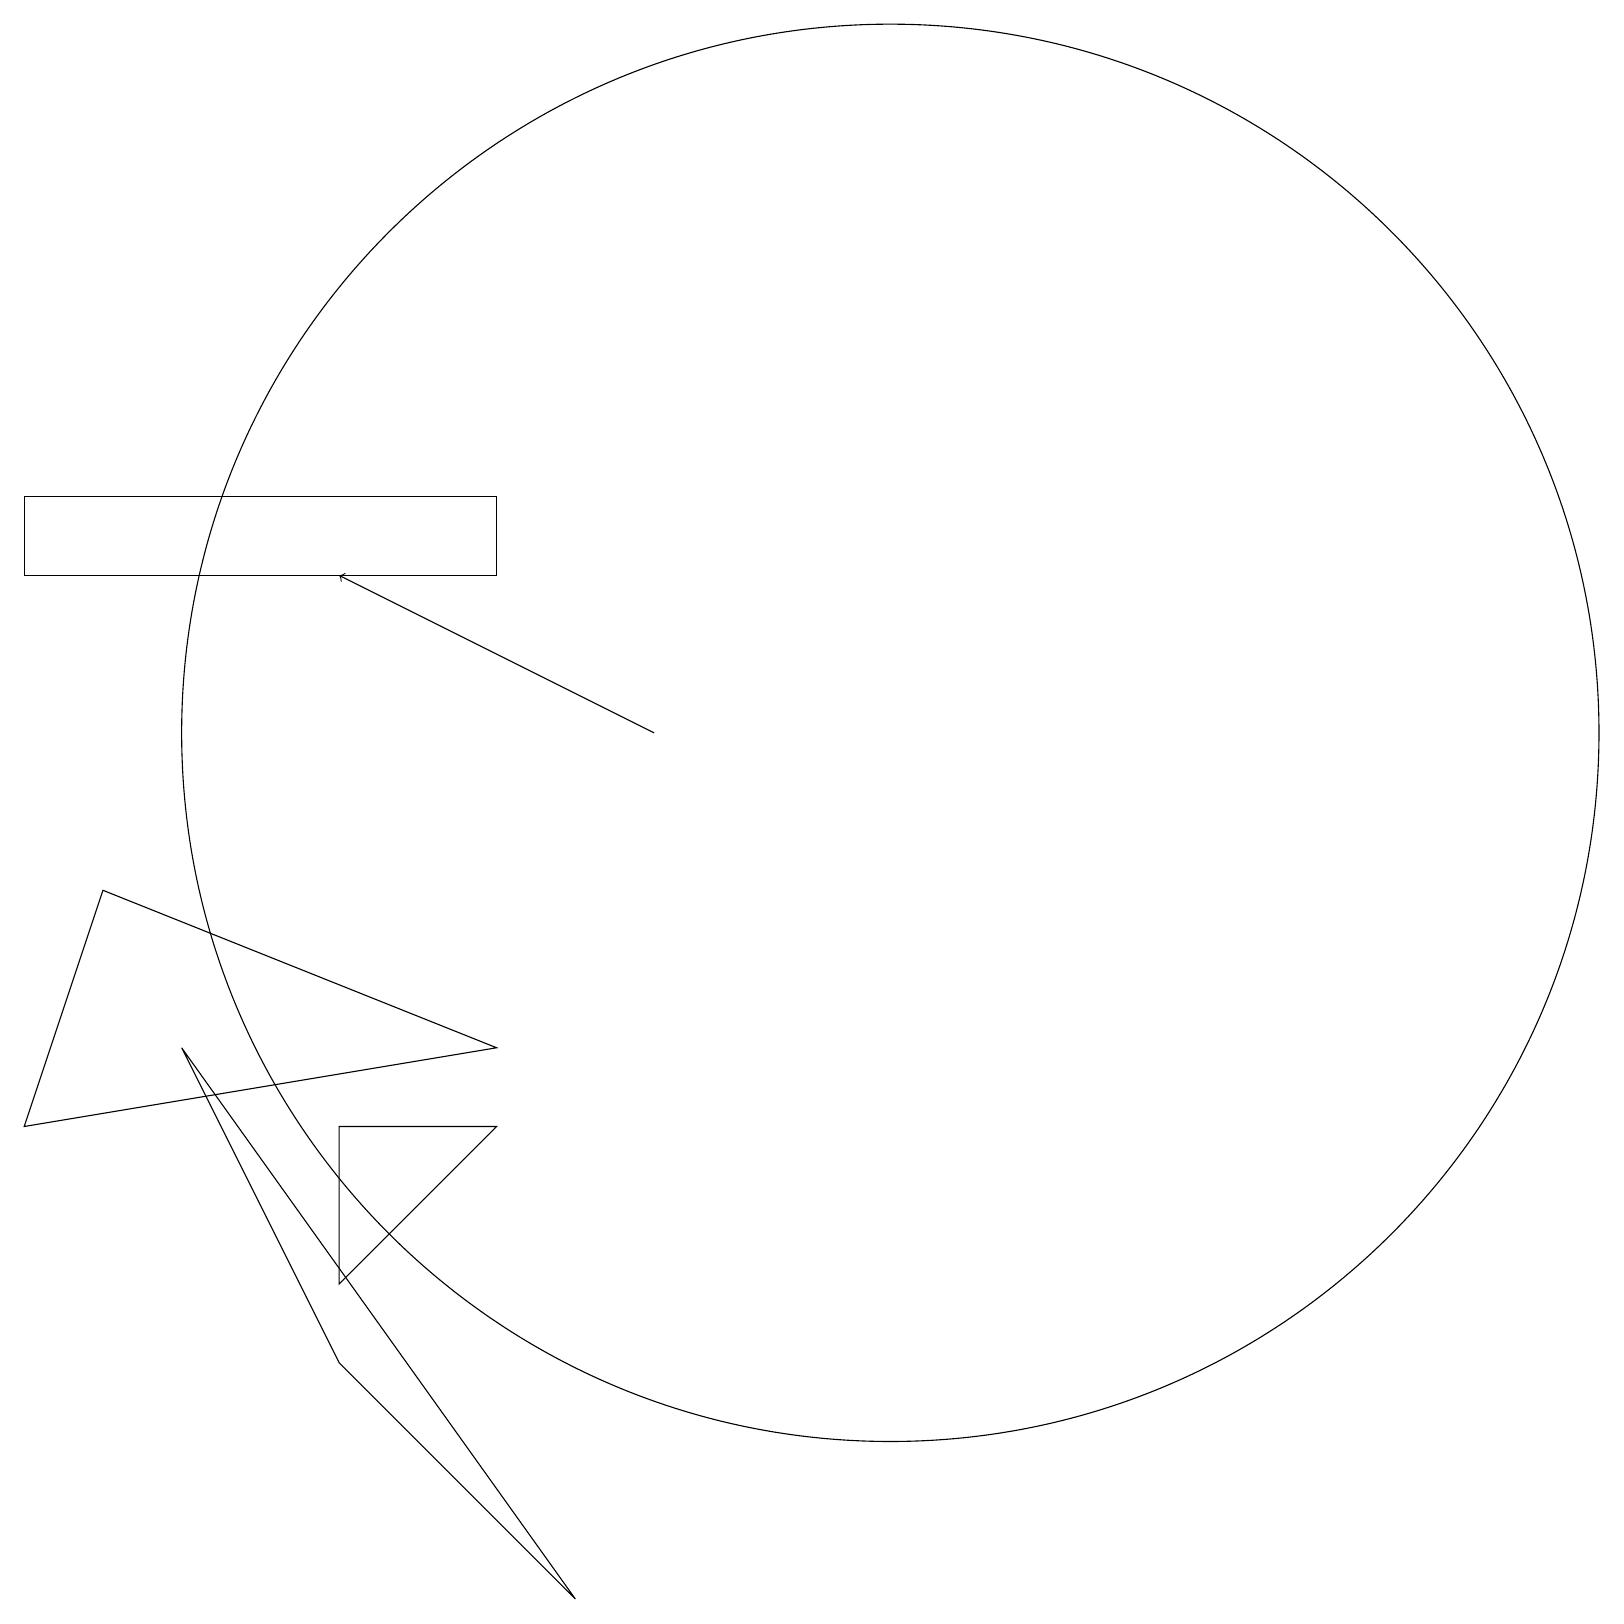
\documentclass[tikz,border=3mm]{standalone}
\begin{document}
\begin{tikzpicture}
\draw (6,13) rectangle (0,14);
\draw[->] (8,11) -- (4,13);
\draw (11,11) circle (9);
\draw (10,12) circle (0);
\draw (6,6) -- (4,6) -- (4,4) -- cycle;
\draw (6,7) -- (0,6) -- (1,9) -- cycle;
\draw (7,0) -- (2,7) -- (4,3) -- cycle;
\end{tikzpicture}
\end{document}